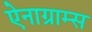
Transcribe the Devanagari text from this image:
ऐनाग्राम्स